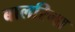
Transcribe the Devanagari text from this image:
बालरिना